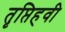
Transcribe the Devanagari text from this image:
तृप्तिहवी